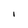
Character: i